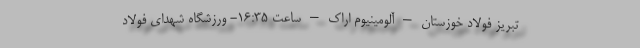
تبریز فولاد خوزستان – آلومینیوم اراک – ساعت ۱۶:۳۵- ورزشگاه شهدای فولاد